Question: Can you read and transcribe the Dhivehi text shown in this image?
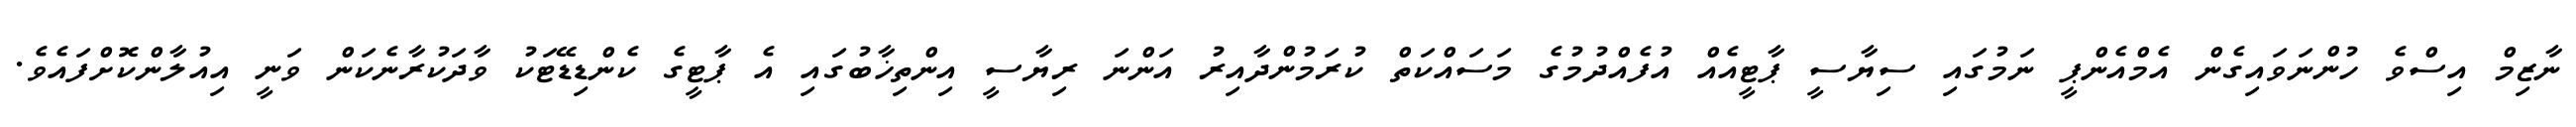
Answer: ނާޒިމް އިސްވެ ހުންނަވައިގެން އެމްއެންޕީ ނަމުގައި ސިޔާސީ ޕާޓީއެއް އުފެއްދުމުގެ މަސައްކަތް ކުރަމުންދާއިރު އަންނަ ރިޔާސީ އިންތިޚާބުގައި އެ ޕާޓީގެ ކެންޑިޑޭޓަކު ވާދަކުރާނެކަން ވަނީ އިއުލާންކޮށްފައެވެ.